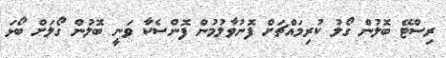
ރިސްޓޭ ބޮލުން ގޯލު ކުރިމައްޗަށް ފޮނުވާލުމުން ފޮންސެކާ ވަނީ ބޮލުން ގޯލަށް ބޯޅަ